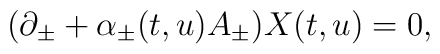
(\partial_\pm + \alpha_\pm (t, u) A_\pm) X(t,u) = 0,